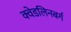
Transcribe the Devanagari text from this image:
क्वेडलिनबर्ग